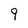
Character: 9